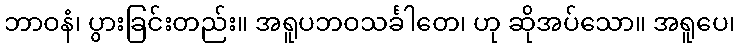
ဘာဝနံ၊ ပွားခြင်းတည်း။ အရူပဘဝသင်္ခါတေ၊ ဟု ဆိုအပ်သော။ အရူပေ၊